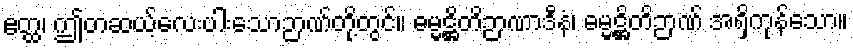
ဧတ္ထ၊ ဤတဆယ့်လေးပါးသောဉာဏ်တို့တွင်။ ဓမ္မဋ္ဌိတိဉာဏာဒီနံ၊ ဓမ္မဋ္ဌိတိဉာဏ် အရှိကုန်သော။